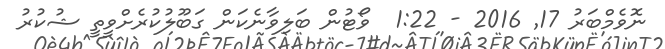
ނޮވެމްބަރު 17